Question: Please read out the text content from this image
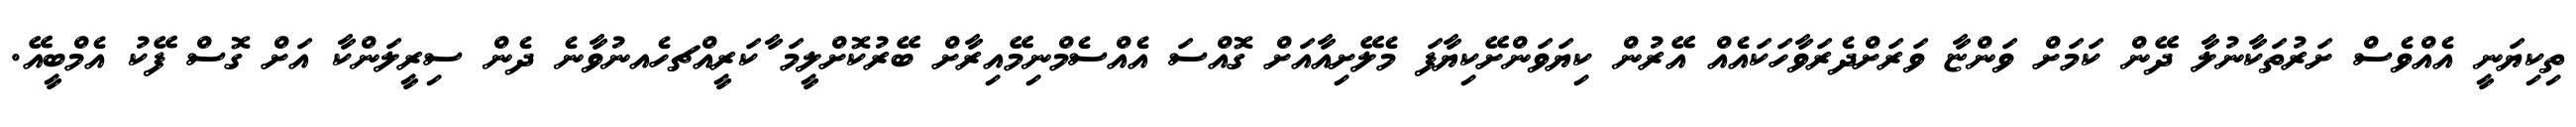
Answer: ތިކިޔަނީ އެއްވެސް ށަރުތަކާނުލާ ދޭން ކަމަށް ވަންޏާ ވަރަށްދެރަވާހަކައެއް އޭރުން ކިޔަވަންށޭކިޔާފަ މެލޭށިއާއަށް ގޮއްސަ އެއްސެމްނިމޭއިރާށް ބޭރުކޮށްލީމަ ާކަރީއްޗހެއނުވާނެ ދެން ސިރީލަންކާ އަށް ގޮސް ފޭކު އެމްބީއޭ.